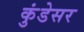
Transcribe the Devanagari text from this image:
कुंडेसर